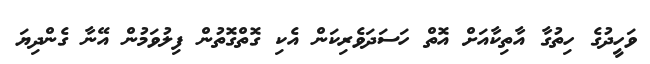
ވަހީދުގެ ހިތުގާ އާތިކާއަށް އޮޮތް ހަސަދަވެރިކަން އެކި ގޮތްގޮތުން ފިލުވަމުންް އޭނާ ގެންދިޔަ